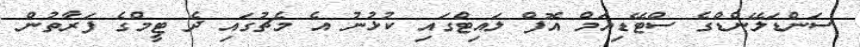
ސަންޑަލޭންޑްގެ ސްޓޭޑިއަމް އޮފް ލައިޓްގައި ކުޅުނު އެ މެޗުގައި ދެ ޓީމްގެ ފަރާތުން